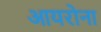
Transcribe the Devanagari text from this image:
आयरोना